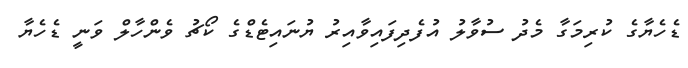
ޑެހެޔާގެ ކުރިމަގާ މެދު ސުވާލު އުފެދިފައިވާއިރު ޔުނައިޓެޑްގެ ކޯޗު ވެންހާލް ވަނީ ޑެހެޔާ